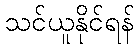
သင်ယူနိုင်ရန်